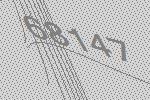
68147